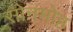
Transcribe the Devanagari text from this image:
सोनमोह